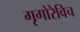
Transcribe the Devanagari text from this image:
गृगोरेविच